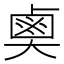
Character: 𪉗